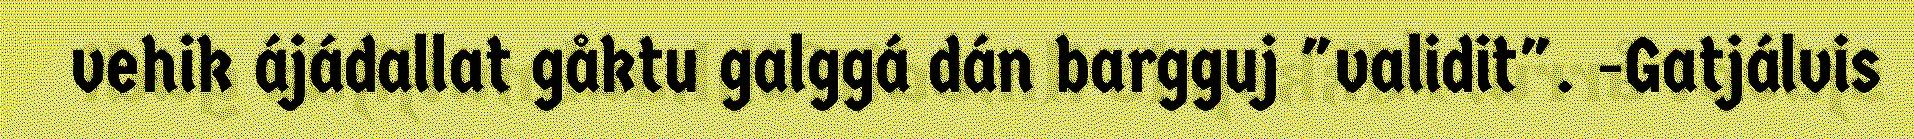
vehik ájádallat gåktu galggá dán bargguj "validit". -Gatjálvis